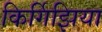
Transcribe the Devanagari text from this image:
किर्गिझिया